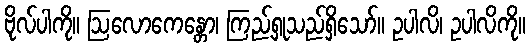
ဗိုလ်ပါကို။ ဩလောကေန္တော၊ ကြည့်ရှုသည်ရှိသော်။ ဥပါလိ၊ ဥပါလိကို။